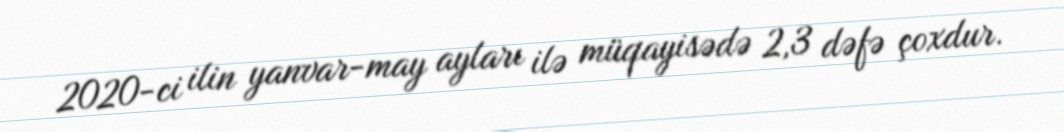
2020-ci ilin yanvar-may ayları ilə müqayisədə 2,3 dəfə çoxdur.